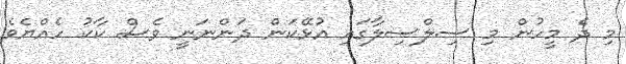
މި ދެ މީހުން މި ސިލްސިލާގައި އުޅޭކަން ދަންނަނީ ވެސް ކާކު ހެއްޔެވެ